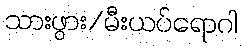
သားဖွား/မီးယပ်ရောဂါ